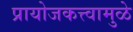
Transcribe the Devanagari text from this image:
प्रायोजकत्त्वामुळे